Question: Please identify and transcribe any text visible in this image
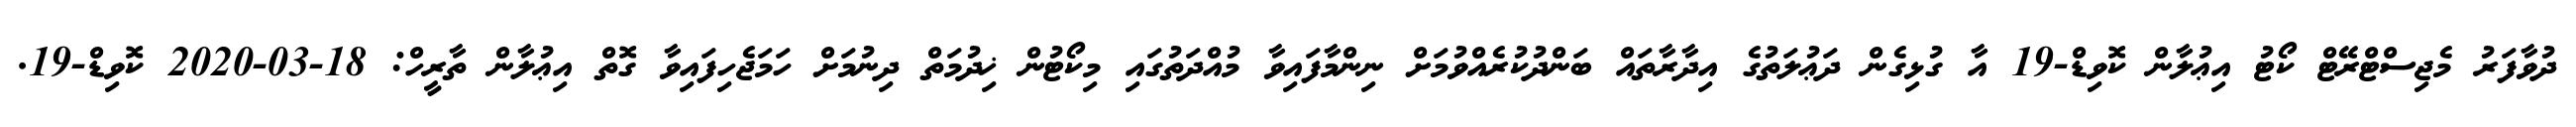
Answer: ދުވާފަރު މެޖިސްޓްރޭޓް ކޯޓު އިޢުލާން ކޮވިޑް-19 އާ ގުޅިގެން ދަޢުލަތުގެ އިދާރާތައް ބަންދުކުރެއްވުމަށް ނިންމާފައިވާ މުއްދަތުގައި މިކޯޓުން ޚިދުމަތް ދިނުމަށް ހަމަޖެހިފައިވާ ގޮތް އިޢުލާން ތާރީހް: 18-03-2020 ކޮވިޑް-19.